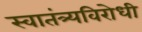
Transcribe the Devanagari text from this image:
स्वातंत्र्यविरोधी